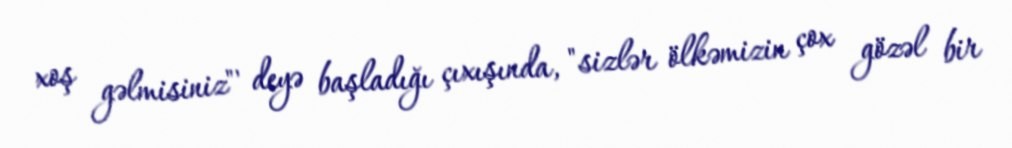
xoş gəlmisiniz"' deyə başladığı çıxışında, "sizlər ölkəmizin çox gözəl bir